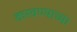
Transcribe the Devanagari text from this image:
करवण्याच्या